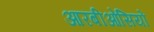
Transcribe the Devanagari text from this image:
आरबीओसियों